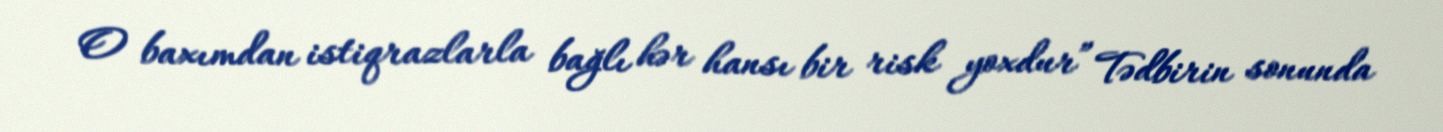
O baxımdan istiqrazlarla bağlı hər hansı bir risk yoxdur” Tədbirin sonunda